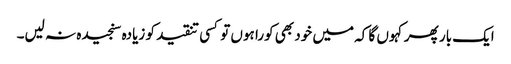
ایک بار پھر کہوں گا کہ میں خود بھی کورا ہوں تو کسی تنقید کو زیادہ سنجیدہ نہ لیں۔